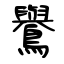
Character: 鸒